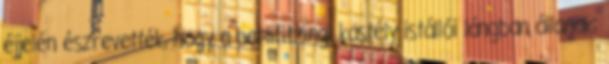
éjjelén észrevették, hogy a berlifitzingi kastély istállói lángban állanak;